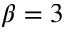
\beta = 3